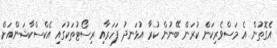
އެގޮތުން އެ މަސްވެރިކަން ކުރަން ބޭނުން ކުރާ އުޅަނދު ފަހަރާއި ރިސޯޓުތަކުގައި އެކްސްކާޝަންއަށް